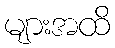
များအထိ